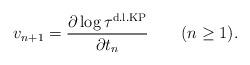
LaTeX: \begin{align*}v_{n+1} = \frac{ \partial \log {\tau^{\rm d.l.KP}} }{\partial t_{n}} \qquad (n \geq 1). \end{align*}